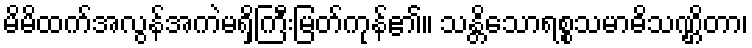
မိမိထက်အလွန်အကဲမရှိကြီးမြတ်ကုန်၏။ သန္တိသောရစ္စသမာဓိသဏ္ဌိတာ၊